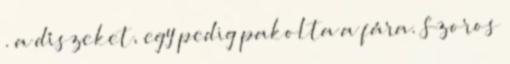
. a díszeket, egy pedig pakolta a fára. Szoros